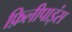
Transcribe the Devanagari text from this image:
फ़िलीपाइंस